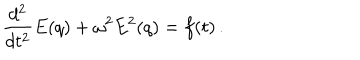
LaTeX: \frac { d ^ { 2 } } { d t ^ { 2 } } E ( q ) + \omega ^ { 2 } E ^ { 2 } ( q ) = f ( t ) \, .